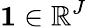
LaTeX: \mathbf{1}\in\mathbb{R}^{J}